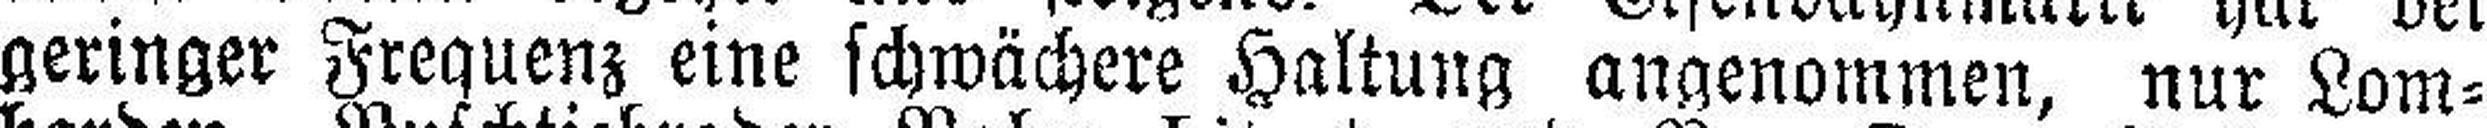
geringer Frequenz eine schwächere Haltung angenommen, nur Lom¬